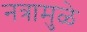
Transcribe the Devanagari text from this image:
नत्रामुळे